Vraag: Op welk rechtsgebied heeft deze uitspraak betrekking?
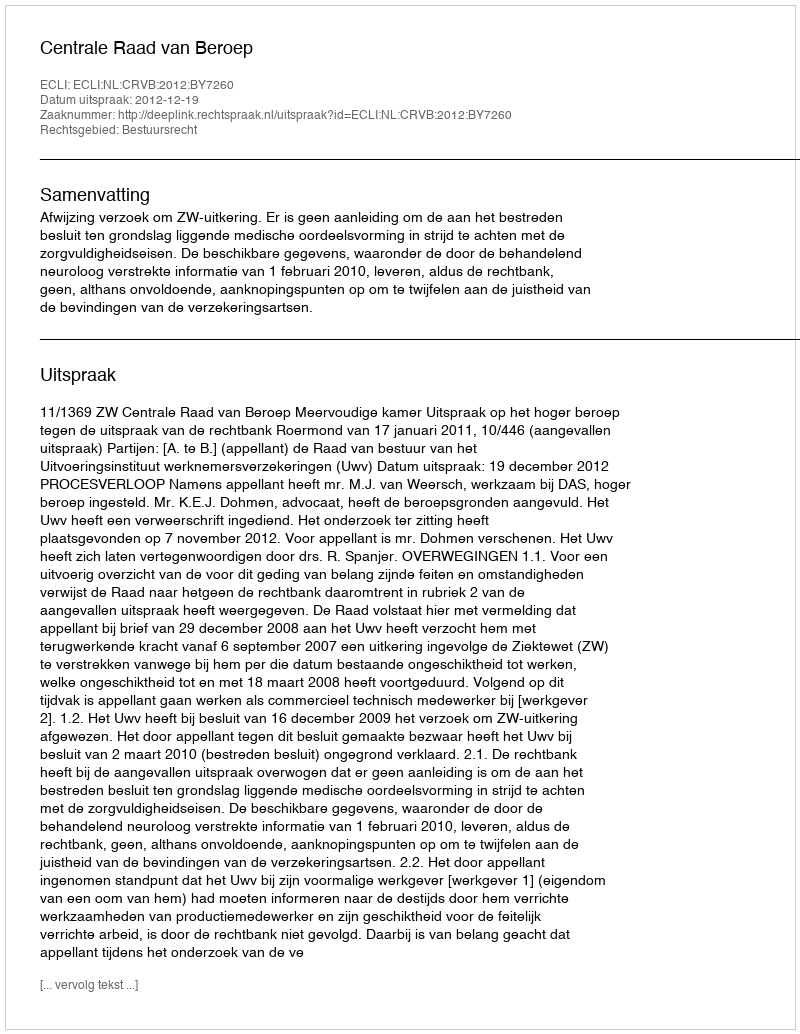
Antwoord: Bestuursrecht